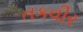
તકવીર